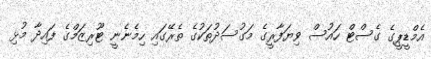
އެމްޑީޕީގެ ގެސްޓް ހައުސް ވިޔަފާރީގެ މަގުސަދުތަކުގެ ތެރޭގައި ހިމެނެނީ ޓޫރިޒަމްގެ ފައިދާ މުޅި